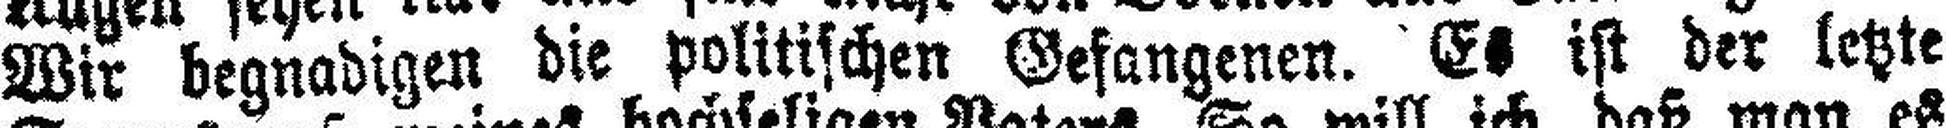
Wir begnadigen die politischen Gefangenen. Es ist der letzte